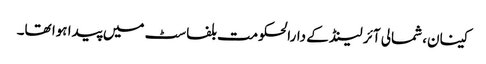
کینان، شمالی آئر لینڈ کے دارالحکومت بلفاسٹ میں پیدا ہوا تھا۔